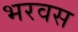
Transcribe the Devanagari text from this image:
भरवस